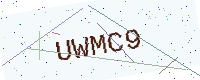
Text: UWMC9